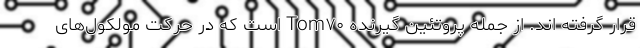
قرار گرفته اند. از جمله پروتئین گیرنده Tom۷۰ است که در حرکت مولکول‌های